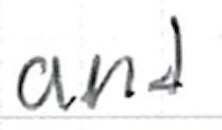
Text: and
Cross-out: clean
Writing tool: ballpoint